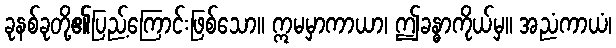
ခုနစ်ခုတို့၏ပြည့်ကြောင်းဖြစ်သော။ ဣမမှာကာယာ၊ ဤခန္ဓာကိုယ်မှ။ အညံကာယံ၊